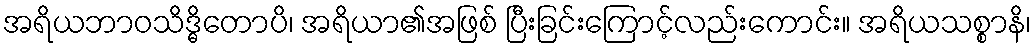
အရိယဘာဝသိဒ္ဓိတောပိ၊ အရိယာ၏အဖြစ် ပြီးခြင်းကြောင့်လည်းကောင်း။ အရိယသစ္စာနိ၊